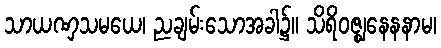
သာယဏှသမယေ၊ ညချမ်းသောအခါ၌။ သိရိဝဇ္ဈနေနနာမ၊